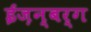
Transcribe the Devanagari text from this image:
ईज़न्बर्ग